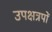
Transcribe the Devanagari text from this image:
उपक्षत्रपों